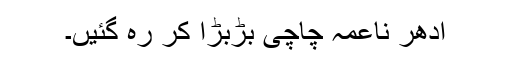
ادھر ناعمہ چاچی بڑبڑا کر رہ گئیں۔